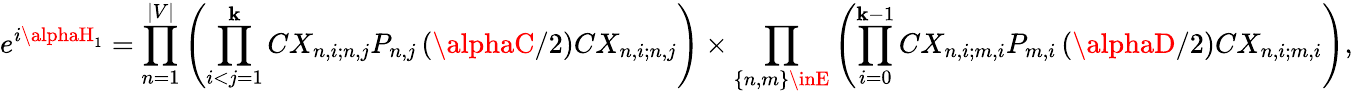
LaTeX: e^{i\alphaH_{1}}=\prod_{n=1}^{|V|}\left(\prod_{i<j=1}^{\mathbf{k}}CX_{n,i;n,j}P_{n,j}\left(\alphaC/2\right)CX_{n,i;n,j}\right)\times\prod_{\{ n,m\} \inE}\left(\prod_{i=0}^{\mathbf{k}-1}CX_{n,i;m,i}P_{m,i}\left(\alphaD/2\right)CX_{n,i;m,i}\right),